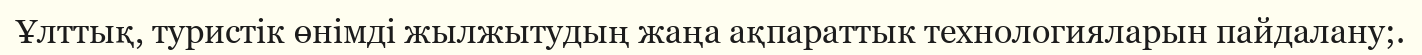
Ұлттық, туристік өнімді жылжытудың жаңа ақпараттык технологияларын пайдалану;.